Indian journal of veterinary science and animal husbandry - Volume 9,
Year: 1939
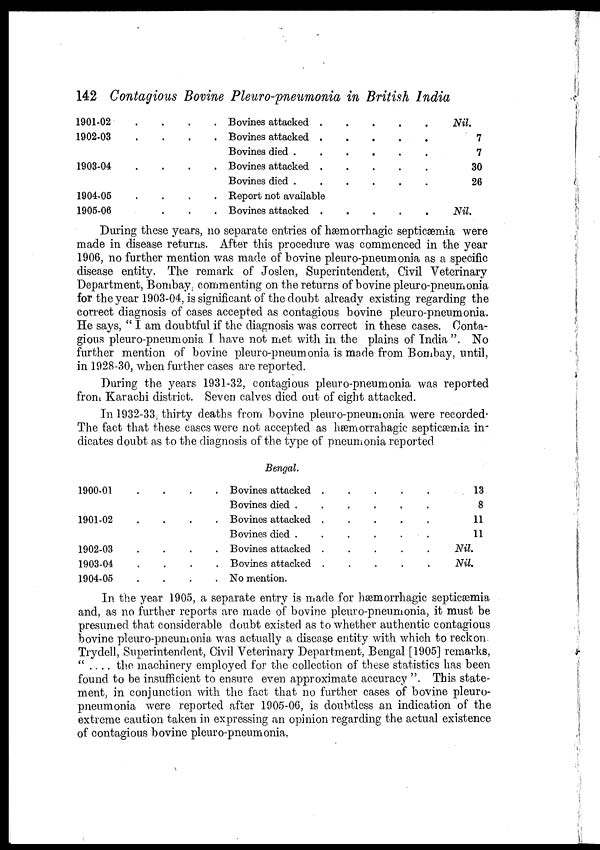
142 Contagious Bovine Pleuro-pneumonia in British India
1901-02
.
.
.
.
1902-03
.
.
.
.
1903-04
.
.
.
.
1904-05
.
.
.
.
1905-06
.
.
.
.
Bovines attacked
.
.
.
.
.
Bovines attacked
.
.
.
.
.
Bovines died .
.
.
.
.
Bovines attacked
.
.
.
.
Bovines died .
.
.
.
.
Report not available
Bovines attacked
.
.
.
.
Nil
7
7
30
26
Nil.
During these years, no separate entries of hæmorrhagic septicæmia were
made in disease returns. After this procedure was commenced in the year
1906, no further mention was made of bovine pleuro-pneumonia as a specific
disease entity. The remark of Joslen, Superintendent, Civil Veterinary
Department, Bombay, commenting on the returns of bovine pleuro-pneumonia
for the year 1903-04, is significant of the doubt already existing regarding the
correct diagnosis of cases accepted as contagious bovine pleuro-pneumonia.
He says, " I am doubtful if the diagnosis was correct in these cases. Conta-
gious pleuro-pneumonia I have not met with in the plains of India ". No
further mention of bovine pleuro-pneumonia is made from Bombay, until,
in 1928-30, when further cases are reported.
During the years 1931-32, contagious pleuro-pneumonia was reported
front Karachi district. Seven calves died out of eight attacked.
In 1932-33 ; thirty deaths from bovine pleuro-pneumonia were recorded-
The fact that these cases were not accepted as hæmorrahagic septicæmia in-
dicates doubt as to the diagnosis of the type of pneumonia reported
1900-01
.
.
.
.
1901-02
.
.
.
.
1902-03
.
.
.
.
1903-04
.
.
.
.
1904-05
.
.
.
.
Bengal.
Bovines attacked . . . . .
Bovines died . . . . .
Bovines attacked . . . ..
Bovines died .
.
.
.
.
Bovines attacked . . . . .
Bovines attacked . . . . .
No mention.
13
8
11
11
Nil.
Nil.
In the year 1905, a separate entry is made for hæmorrhagic septicæmia
and, as no further reports are made of bovine pleuro-pneumonia, it must be
presumed that considerable doubt existed as to whether authentic contagious
bovine pleuro-pneumonia was actually a disease entity with which to reckon.
Trydell, Superintendent, Civil Veterinary Department, Bengal [1905] remarks,
" .... the machinery employed for the collection of these statistics has been
found to be insufficient to ensure even approximate accuracy ". This state-
ment, in conjunction with the fact that no further cases of bovine pleuro-
pneumonia were reported after 1905-06, is doubtless an indication of the
extreme caution taken in expressing an opinion regarding the actual existence
of contagious bovine pleuro-pneumonia,